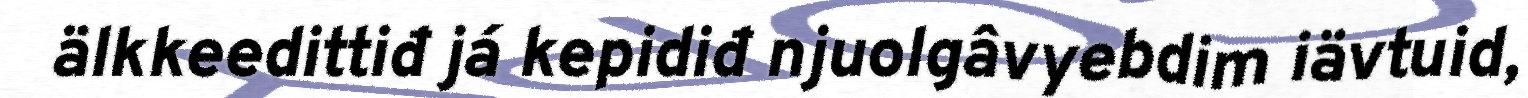
älkkeedittiđ já kepidiđ njuolgâvyebdim iävtuid,